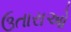
ઉતારાઓ